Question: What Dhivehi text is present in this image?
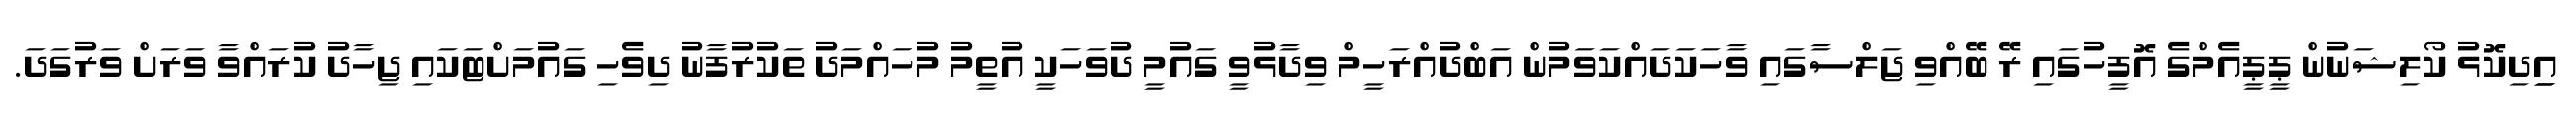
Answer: އިިދިކޮޅު ކޯލިޝަނުން ޕީޕީއެމްގެ އޮފީހުގައި ރޭ ބޭއްވި ޖަލްސާގައި ވާހަކަދައްކަވަމުން އަބްދުއްރަހީމް ވިދާޅުވީ ގައުމީ ދުވަހަކީ އުތީމު މުހައްމަދު ތަކުރުފާނު ދިވެހި ގައުމަށްޓަކައި ޖިހާދު ކުރައްވާ ވަރަށް ވަރުގަދަ.